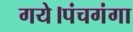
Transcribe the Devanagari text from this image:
गये।पंचगंगा